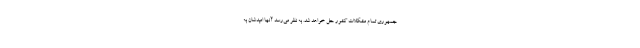
جمهوری تمام مشکلات کشور حل خواهد شد. به نظر می‌رسد آنها امیدشان به